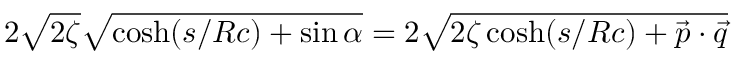
2 \sqrt { 2 \zeta } \sqrt { \cosh ( { s / R c } ) + \sin { \alpha } } = 2 \sqrt { 2 \zeta \cosh ( { s / R c } ) + { \vec { p } } \cdot { \vec { q } } }